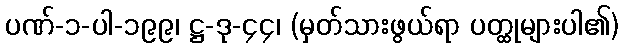
ပဏ်-၁-ပါ-၁၉၉၊ ဋ္ဌ-ဒု-၄၄၊ (မှတ်သားဖွယ်ရာ ပတ္ထုများပါ၏)